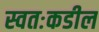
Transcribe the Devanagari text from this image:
स्वतःकडील